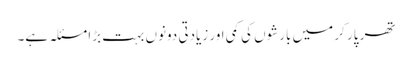
تھر پار کر میں بارشوں کی کمی اور زیادتی دونوں بہت بڑا مسئلہ ہے۔